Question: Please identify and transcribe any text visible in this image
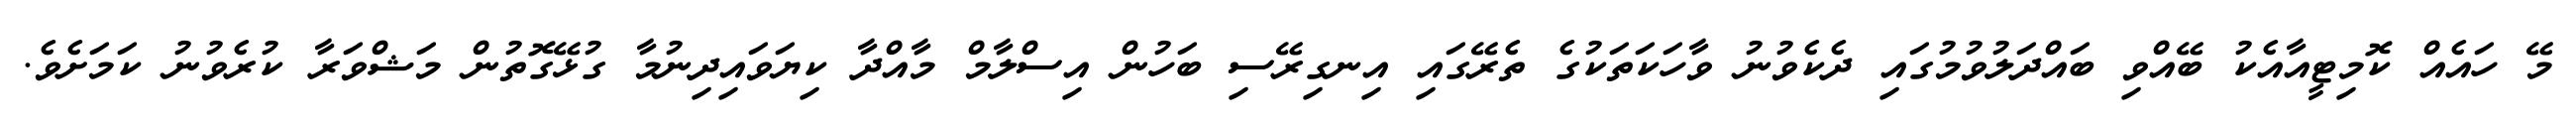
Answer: މޭ ހައެއް ކޮމިޓީއާއެކު ބޭއްވި ބައްދަލުވުމުގައި ދެކެވުނު ވާހަކަތަކުގެ ތެރޭގައި އިނގިރޭސި ބަހުން އިސްލާމް މާއްދާ ކިޔަވައިދިނުމާ ގުޅޭގޮތުން މަޝްވަރާ ކުރެވުނު ކަމަށެވެ.